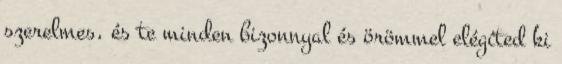
szerelmes, és te minden bizonnyal és örömmel elégíted ki